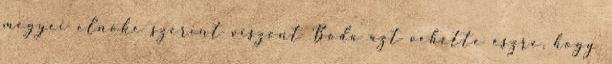
megyei elnöke szerint viszont Boda azt vehette észre, hogy